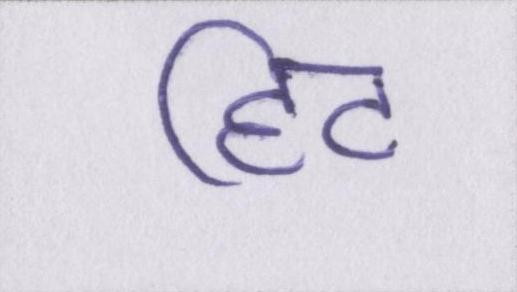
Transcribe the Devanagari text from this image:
हिट